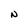
Character: N